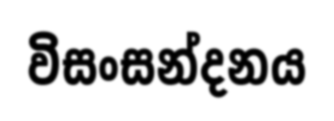
විසංසන්දනය